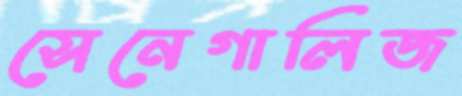
সেনেগালিজ